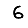
Digit: 6